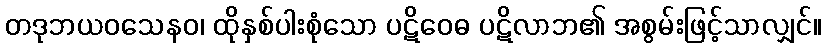
တဒုဘယဝသေနဝ၊ ထိုနှစ်ပါးစုံသော ပဋိဝေဓ ပဋိလာဘ၏ အစွမ်းဖြင့်သာလျှင်။